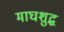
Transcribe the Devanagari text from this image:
माघशुद्ध